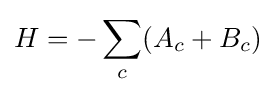
H=-\sum _{c}(A_{c}+B_{c})